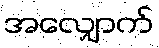
အလျှောက်